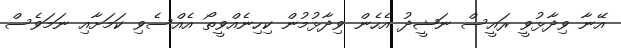
އޭނާ ވިދާޅުވީ ރައީސް ނަޝީދު އެހެން ވިދާޅުމުން ކިހިނެއްވީތޯ އެއްސެވި ކަމަށާއި ނަމަވެސް